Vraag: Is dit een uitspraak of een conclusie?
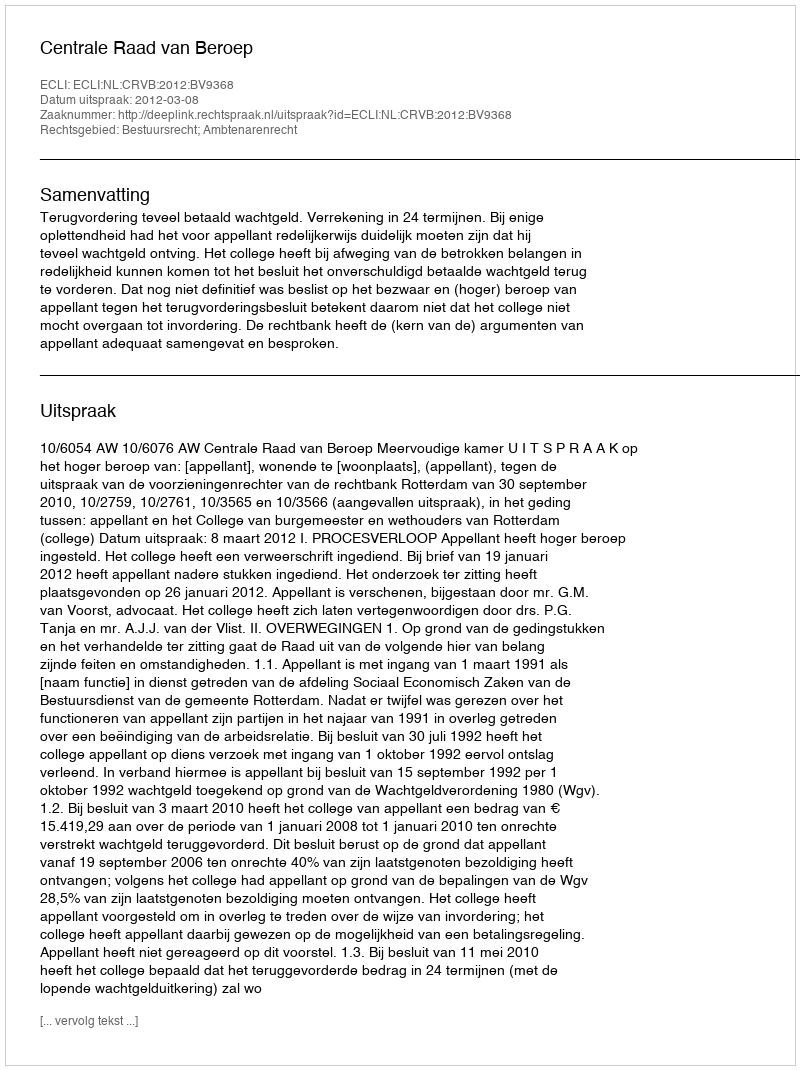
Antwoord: Uitspraak